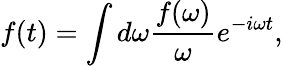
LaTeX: f(t)=\int{d\omega{\frac{f(\omega)}{\omega}}e^{-i\omega t}},